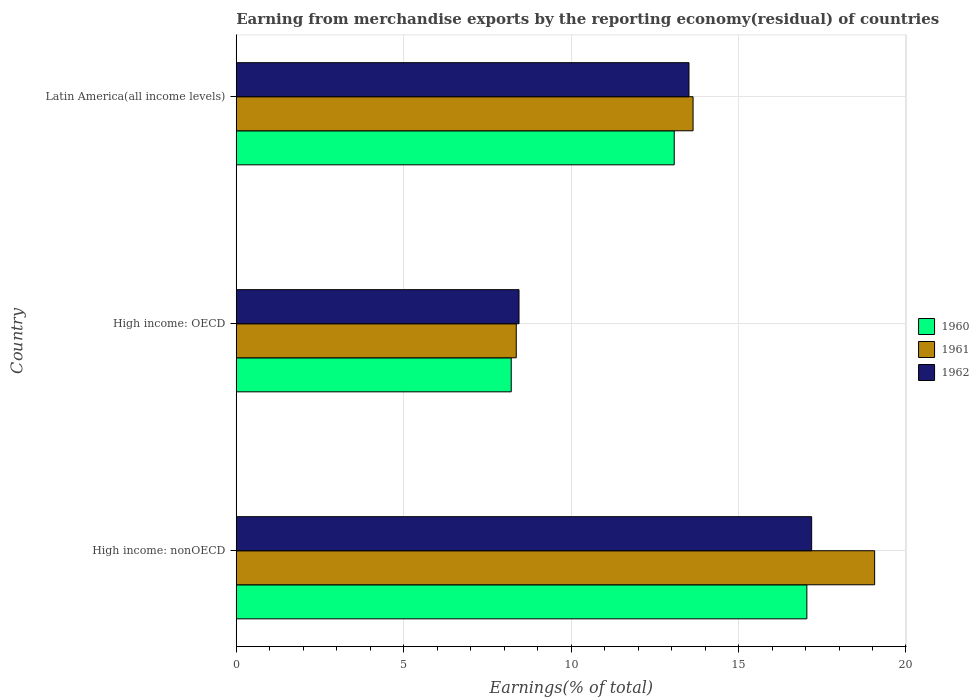
| Country | 1960 | 1961 | 1962 |
 | --- | --- | --- | --- |
 | High income: nonOECD | 17 | 19.1 | 17.2 |
 | High income: OECD | 8.21 | 8.36 | 8.44 |
 | Latin America(all income levels) | 13.1 | 13.6 | 13.5 |